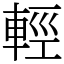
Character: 輕